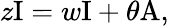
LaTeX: z\mathrm{I}=w\mathrm{I}+\theta\mathrm{A,}